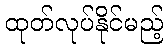
ထုတ်လုပ်နိုင်မည့်